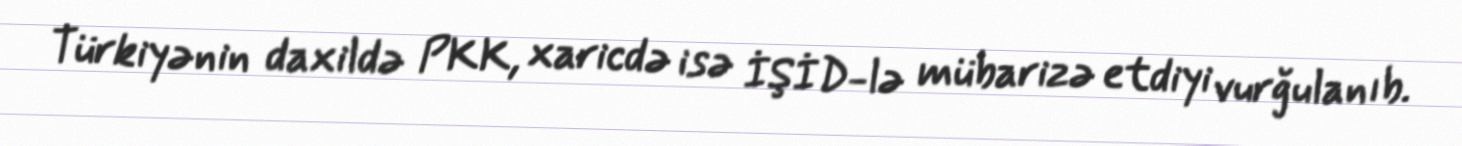
Türkiyənin daxildə PKK, xaricdə isə İŞİD-lə mübarizə etdiyi vurğulanıb.